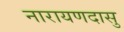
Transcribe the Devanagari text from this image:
नारायणदासु